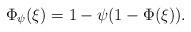
LaTeX: \begin{align*}\Phi_\psi(\xi) = 1 - \psi(1 - \Phi(\xi)).\end{align*}